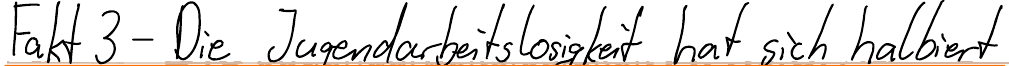
Fakt 3 - Die Jugendarbeitslosigkeit hat sich halbiert